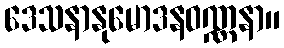
ဒေသနာနုမောဒနဝဏ္ဏနာ။